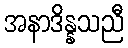
အနာဒိန္နသညီ